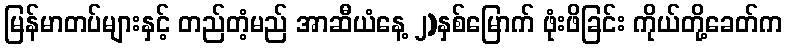
မြန်မာတပ်များနှင့် တည်တံ့မည် အာဆီယံနေ့ ၂)နှစ်မြောက် ဖုံးဖိခြင်း ကိုယ်တို့ခေတ်က